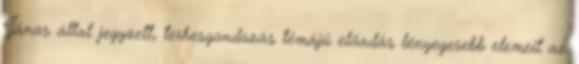
János által jegyzett, terhesgondozás témájú előadás lényegesebb elemeit az